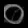
Digit: ၀